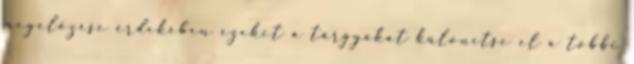
megelőzése érdekében ezeket a tárgyakat különítse el a többi